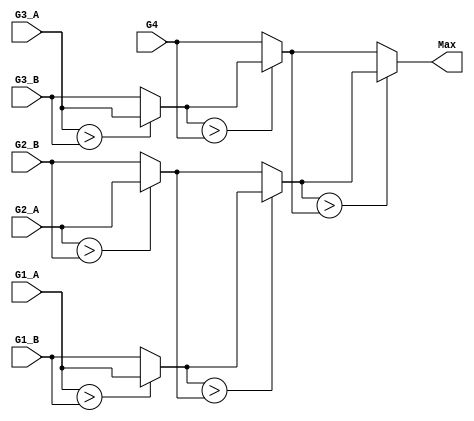
module MAX7 #(
    parameter wordsize = 11
    )(
    input signed [wordsize-1:0] G4,
    input signed [wordsize-1:0] G2_A,
    input signed [wordsize-1:0] G2_B,
    input signed [wordsize-1:0] G3_A,
    input signed [wordsize-1:0] G1_A,
    input signed [wordsize-1:0] G1_B,
    input signed [wordsize-1:0] G3_B,
    output signed [wordsize-1:0] Max
    // output reg [2:0] act
    );
    // `include "./dat/action.dat"
    wire signed [wordsize-1:0] temp_Ix_Iy;
    wire signed [wordsize-1:0] temp_Ixy_Iyz;
    wire signed [wordsize-1:0] temp_Ixz_Iz;
    wire signed [wordsize-1:0] temp_Ixz_Iz_M;
    wire signed [wordsize-1:0] temp_Ix_Iy_Ixy_Iyz;
    wire signed [wordsize-1:0] temp_out;

    assign temp_Ix_Iy   = ($signed(G1_A) > $signed(G1_B))? G1_A : G1_B;
    assign temp_Ixy_Iyz = ($signed(G2_A) > $signed(G2_B))? G2_A : G2_B;
    assign temp_Ixz_Iz  = ($signed(G3_A) > $signed(G3_B))? G3_A : G3_B;

    assign temp_Ix_Iy_Ixy_Iyz = ($signed(temp_Ix_Iy)         > $signed(temp_Ixy_Iyz))?  temp_Ix_Iy         : temp_Ixy_Iyz;
    assign temp_Ixz_Iz_M      = ($signed(temp_Ixz_Iz)        > $signed(G4))?            temp_Ixz_Iz        : G4;
    assign temp_out           = ($signed(temp_Ix_Iy_Ixy_Iyz) > $signed(temp_Ixz_Iz_M))? temp_Ix_Iy_Ixy_Iyz : temp_Ixz_Iz_M;
    assign Max = temp_out;
    // assign act = temp_out[2:0];

endmodule

module PE #(parameter wordsize = 11)
 (clk, rst, M_o, Ix_o, Iy_o, Iz_o, Ixy_o, Iyz_o, Ixz_o, A_i, B_i, C_i, A_o, EN_i,
 M_1_i, Ix_1_i, Iy_1_i, Iz_1_i, Ixy_1_i, Iyz_1_i, Ixz_1_i,
 M_2_i, Ix_2_i, Iy_2_i, Iz_2_i, Ixy_2_i, Iyz_2_i, Ixz_2_i, 
 M_3_i, Ix_3_i, Iy_3_i, Iz_3_i, Ixy_3_i, Iyz_3_i, Ixz_3_i, EN_o);

input clk;
input rst; 
input EN_i;
input [3:0] A_i;
input [3:0] B_i, C_i; //B, C will store in the same PE
// input [2:0] pp_counter;
input signed [wordsize-1:0] M_1_i, Ix_1_i, Iy_1_i, Iz_1_i, Ixy_1_i, Iyz_1_i, Ixz_1_i;
input signed [wordsize-1:0] M_2_i, Ix_2_i, Iy_2_i, Iz_2_i, Ixy_2_i, Iyz_2_i, Ixz_2_i;
input signed [wordsize-1:0] M_3_i, Ix_3_i, Iy_3_i, Iz_3_i, Ixy_3_i, Iyz_3_i, Ixz_3_i;
output signed [wordsize-1:0] M_o, Ix_o, Iy_o, Iz_o, Ixy_o, Iyz_o, Ixz_o;
output [3:0] A_o;
output EN_o;


// parameter wordsize = 5;
localparam MATCH = 1;
localparam MISMATCH = -1;
localparam GO = 2;
localparam GE = 1;
localparam GO2 = GO << 1;
localparam GE2 = GE << 1;
localparam GOGE = GO + GE;

reg [1:0] A, nxt_A;
// reg [1:0] A_d, nxt_A_d;
reg [1:0] B, nxt_B;
reg [1:0] C, nxt_C;
reg EN, nxt_EN;
// reg EN_d, nxt_EN_d;
reg init, nxt_init;
// reg [1:0] delay_cycle;

reg signed [wordsize-1:0] M, nxt_M;
reg signed [wordsize-1:0] Ix, nxt_Ix;
reg signed [wordsize-1:0] Iy, nxt_Iy;
reg signed [wordsize-1:0] Iz, nxt_Iz;
reg signed [wordsize-1:0] Ixy, nxt_Ixy;
reg signed [wordsize-1:0] Iyz, nxt_Iyz;
reg signed [wordsize-1:0] Ixz, nxt_Ixz;

reg signed [wordsize-1:0] M_1_d1, nxt_M_1_d1;
reg signed [wordsize-1:0] Ix_1_d1, nxt_Ix_1_d1;
reg signed [wordsize-1:0] Iy_1_d1, nxt_Iy_1_d1;
reg signed [wordsize-1:0] Iz_1_d1, nxt_Iz_1_d1;
reg signed [wordsize-1:0] Ixy_1_d1, nxt_Ixy_1_d1;
reg signed [wordsize-1:0] Iyz_1_d1, nxt_Iyz_1_d1;
reg signed [wordsize-1:0] Ixz_1_d1, nxt_Ixz_1_d1;
reg signed [wordsize-1:0] M_1_d2, nxt_M_1_d2;
reg signed [wordsize-1:0] Ix_1_d2, nxt_Ix_1_d2;
reg signed [wordsize-1:0] Iy_1_d2, nxt_Iy_1_d2;
reg signed [wordsize-1:0] Iz_1_d2, nxt_Iz_1_d2;
reg signed [wordsize-1:0] Ixy_1_d2, nxt_Ixy_1_d2;
reg signed [wordsize-1:0] Iyz_1_d2, nxt_Iyz_1_d2;
reg signed [wordsize-1:0] Ixz_1_d2, nxt_Ixz_1_d2;

reg signed [wordsize-1:0] M_2_d1, nxt_M_2_d1;
reg signed [wordsize-1:0] Ix_2_d1, nxt_Ix_2_d1;
reg signed [wordsize-1:0] Iy_2_d1, nxt_Iy_2_d1;
reg signed [wordsize-1:0] Iz_2_d1, nxt_Iz_2_d1;
reg signed [wordsize-1:0] Ixy_2_d1, nxt_Ixy_2_d1;
reg signed [wordsize-1:0] Iyz_2_d1, nxt_Iyz_2_d1;
reg signed [wordsize-1:0] Ixz_2_d1, nxt_Ixz_2_d1;

reg signed [wordsize-1:0] M_3_d1, nxt_M_3_d1;
reg signed [wordsize-1:0] Ix_3_d1, nxt_Ix_3_d1;
reg signed [wordsize-1:0] Iy_3_d1, nxt_Iy_3_d1;
reg signed [wordsize-1:0] Iz_3_d1, nxt_Iz_3_d1;
reg signed [wordsize-1:0] Ixy_3_d1, nxt_Ixy_3_d1;
reg signed [wordsize-1:0] Iyz_3_d1, nxt_Iyz_3_d1;
reg signed [wordsize-1:0] Ixz_3_d1, nxt_Ixz_3_d1;

// reg signed [wordsize-1:0] M_max_d, nxt_M_max_d;
// reg signed [wordsize-1:0] Ix_max_d, nxt_Ix_max_d;
// reg signed [wordsize-1:0] Iy_max_d, nxt_Iy_max_d;
// reg signed [wordsize-1:0] Iz_max_d, nxt_Iz_max_d;
// reg signed [wordsize-1:0] Ixy_max_d, nxt_Ixy_max_d;
// reg signed [wordsize-1:0] Iyz_max_d, nxt_Iyz_max_d;
// reg signed [wordsize-1:0] Ixz_max_d, nxt_Ixz_max_d;

wire signed [wordsize-1:0] M_max_o;
wire signed [wordsize-1:0] Ix_max_o;
wire signed [wordsize-1:0] Iy_max_o;
wire signed [wordsize-1:0] Iz_max_o;
wire signed [wordsize-1:0] Ixy_max_o;
wire signed [wordsize-1:0] Iyz_max_o;
wire signed [wordsize-1:0] Ixz_max_o;

wire signed [wordsize-1:0] M_max_M_i, M_max_Ix_i, M_max_Iy_i, M_max_Iz_i, M_max_Ixy_i, M_max_Iyz_i, M_max_Ixz_i;
wire signed [wordsize-1:0] Ix_max_M_i, Ix_max_Ix_i, Ix_max_Iy_i, Ix_max_Iz_i, Ix_max_Ixy_i, Ix_max_Iyz_i, Ix_max_Ixz_i;
wire signed [wordsize-1:0] Iy_max_M_i, Iy_max_Ix_i, Iy_max_Iy_i, Iy_max_Iz_i, Iy_max_Ixy_i, Iy_max_Iyz_i, Iy_max_Ixz_i;
wire signed [wordsize-1:0] Iz_max_M_i, Iz_max_Ix_i, Iz_max_Iy_i, Iz_max_Iz_i, Iz_max_Ixy_i, Iz_max_Iyz_i, Iz_max_Ixz_i;
wire signed [wordsize-1:0] Ixy_max_M_i, Ixy_max_Ix_i, Ixy_max_Iy_i, Ixy_max_Iz_i, Ixy_max_Ixy_i, Ixy_max_Iyz_i, Ixy_max_Ixz_i;
wire signed [wordsize-1:0] Iyz_max_M_i, Iyz_max_Ix_i, Iyz_max_Iy_i, Iyz_max_Iz_i, Iyz_max_Ixy_i, Iyz_max_Iyz_i, Iyz_max_Ixz_i;
wire signed [wordsize-1:0] Ixz_max_M_i, Ixz_max_Ix_i, Ixz_max_Iy_i, Ixz_max_Iz_i, Ixz_max_Ixy_i, Ixz_max_Iyz_i, Ixz_max_Ixz_i;

wire signed [wordsize-1:0] temp_AB, temp_BC, temp_AC, temp_ABC;

// MAX7 #(.wordsize(wordsize))M_max(.G4(M_max_d), .G1_A(Ix_max_d), .G1_B(Iy_max_d), .G3_A(Iz_max_d), .G2_A(Ixy_max_d), .G2_B(Iyz_max_d), .G3_B(Ixz_max_d), .Max(M_max_o));
// MAX7 #(.wordsize(wordsize))M_max(.G4(M_max_M_i), .G1_A(Ix_max_o), .G1_B(Iy_max_o), .G3_A(Iz_max_o), .G2_A(Ixy_max_o), .G2_B(Iyz_max_o), .G3_B(Ixz_max_o), .Max(M_max_o));
MAX7 #(.wordsize(wordsize))M_max(.G4(M_max_M_i), .G1_A(M_max_Ix_i), .G1_B(M_max_Iy_i), .G3_A(M_max_Iz_i), .G2_A(M_max_Ixy_i), .G2_B(M_max_Iyz_i), .G3_B(M_max_Ixz_i), .Max(M_max_o));
MAX7 #(.wordsize(wordsize))Ix_max(.G4(Ix_max_Ix_i), .G1_A(Ix_max_M_i), .G1_B(Ix_max_Iyz_i), .G3_A(Ix_max_Iy_i), .G2_A(Ix_max_Ixy_i), .G2_B(Ix_max_Ixz_i), .G3_B(Ix_max_Iz_i), .Max(Ix_max_o));
MAX7 #(.wordsize(wordsize))Iy_max(.G4(Iy_max_Iy_i), .G1_A(Iy_max_M_i), .G1_B(Iy_max_Ixz_i), .G3_A(Iy_max_Ix_i), .G2_A(Iy_max_Ixy_i), .G2_B(Iy_max_Iyz_i), .G3_B(Iy_max_Iz_i), .Max(Iy_max_o));
MAX7 #(.wordsize(wordsize))Iz_max(.G4(Iz_max_Iz_i), .G1_A(Iz_max_M_i), .G1_B(Iz_max_Ixy_i), .G3_A(Iz_max_Ix_i), .G2_A(Iz_max_Ixz_i), .G2_B(Iz_max_Iyz_i), .G3_B(Iz_max_Iy_i), .Max(Iz_max_o));
MAX7 #(.wordsize(wordsize))Ixy_max(.G4(Ixy_max_Iy_i), .G1_A(Ixy_max_M_i), .G1_B(Ixy_max_Ixz_i), .G3_A(Ixy_max_Iyz_i), .G2_A(Ixy_max_Ixy_i), .G2_B(Ixy_max_Ix_i), .G3_B(Ixy_max_Iz_i), .Max(Ixy_max_o));
MAX7 #(.wordsize(wordsize))Iyz_max(.G4(Iyz_max_Iz_i), .G1_A(Iyz_max_M_i), .G1_B(Iyz_max_Ixy_i), .G3_A(Iyz_max_Iyz_i), .G2_A(Iyz_max_Ixz_i), .G2_B(Iyz_max_Ix_i), .G3_B(Iyz_max_Iy_i), .Max(Iyz_max_o));
MAX7 #(.wordsize(wordsize))Ixz_max(.G4(Ixz_max_Iz_i), .G1_A(Ixz_max_M_i), .G1_B(Ixz_max_Ixy_i), .G3_A(Ixz_max_Iyz_i), .G2_A(Ixz_max_Ixz_i), .G2_B(Ixz_max_Ix_i), .G3_B(Ixz_max_Iy_i), .Max(Ixz_max_o));

//PE output assignment
assign M_o = (EN==1)?  M : 5'bz;
assign Ix_o = Ix;
assign Iy_o = Iy;
assign Iz_o = Iz;
assign Ixy_o = Ixy;
assign Ixz_o = Ixz;
assign Iyz_o = Iyz;
assign A_o = A;
assign EN_o = EN;

//Max input assignment
  assign temp_AB = (A==B)? MATCH : MISMATCH;
  assign temp_BC = (B==C)? MATCH : MISMATCH;
  assign temp_AC = (A==C)? MATCH : MISMATCH;
  assign temp_ABC = (A==B)? (B==C)? (A==C)? MATCH*3 : (MATCH<<1+MISMATCH) : (MATCH+MISMATCH<<1) : MISMATCH*3;
  //M max
  assign M_max_M_i   = (EN_i==1&&EN==0)? $signed(0+temp_ABC) : $signed(M_1_d2+temp_ABC);
  assign M_max_Ix_i  = (EN_i==1&&EN==0)? $signed(0+temp_ABC) : $signed(Ix_1_d2+temp_ABC);
  assign M_max_Iy_i  = (EN_i==1&&EN==0)? $signed(0+temp_ABC) : $signed(Iy_1_d2+temp_ABC);
  assign M_max_Iz_i  = (EN_i==1&&EN==0)? $signed(0+temp_ABC) : $signed(Iz_1_d2+temp_ABC);
  assign M_max_Ixy_i = (EN_i==1&&EN==0)? $signed(0+temp_ABC) : $signed(Ixy_1_d2+temp_ABC);
  assign M_max_Iyz_i = (EN_i==1&&EN==0)? $signed(0+temp_ABC) : $signed(Iyz_1_d2+temp_ABC);
  assign M_max_Ixz_i = (EN_i==1&&EN==0)? $signed(0+temp_ABC) : $signed(Ixz_1_d2+temp_ABC);
  //Ix max
  assign Ix_max_M_i   = (EN_i==1&&EN==0)? $signed(0-GO2) : $signed(M-GO2);
  assign Ix_max_Ix_i  = (EN_i==1&&EN==0)? $signed(0-GE2) : $signed(Ix-GE2);
  assign Ix_max_Iy_i  = (EN_i==1&&EN==0)? $signed(0-GOGE) : $signed(Iy-GOGE);
  assign Ix_max_Iz_i  = (EN_i==1&&EN==0)? $signed(0-GOGE) : $signed(Iz-GOGE);
  assign Ix_max_Ixy_i = (EN_i==1&&EN==0)? $signed(0-GOGE) : $signed(Ixy-GOGE);
  assign Ix_max_Iyz_i = (EN_i==1&&EN==0)? $signed(0-GO2) : $signed(Iyz-GO2);
  assign Ix_max_Ixz_i = (EN_i==1&&EN==0)? $signed(0-GOGE) : $signed(Ixz-GOGE);
  //Iy max
  assign Iy_max_M_i   = $signed(M_2_i-GO2);
  assign Iy_max_Ix_i  = $signed(Ix_2_i-GOGE);
  assign Iy_max_Iy_i  = $signed(Iy_2_i-GE2);
  assign Iy_max_Iz_i  = $signed(Iz_2_i-GOGE);
  assign Iy_max_Ixy_i = $signed(Ixy_2_i-GOGE);
  assign Iy_max_Iyz_i = $signed(Iyz_2_i-GOGE);
  assign Iy_max_Ixz_i = $signed(Ixz_2_i-GO2);
  //Iz max
  assign Iz_max_M_i   = $signed(M_3_i-GO2);
  assign Iz_max_Ix_i  = $signed(Ix_3_i-GOGE);
  assign Iz_max_Iy_i  = $signed(Iy_3_i-GOGE);
  assign Iz_max_Iz_i  = $signed(Iz_3_i-GE2);
  assign Iz_max_Ixy_i = $signed(Ixy_3_i-GO2);
  assign Iz_max_Iyz_i = $signed(Iyz_3_i-GOGE);
  assign Iz_max_Ixz_i = $signed(Ixz_3_i-GOGE);
  //Ixy max
  assign Ixy_max_M_i   = (EN_i==1&&EN==0)? $signed(0-GO+temp_AB) : $signed(M_2_d1-GO+temp_AB);
  assign Ixy_max_Ix_i  = (EN_i==1&&EN==0)? $signed(0-GE+temp_AB) : $signed(Ix_2_d1-GE+temp_AB);
  assign Ixy_max_Iy_i  = (EN_i==1&&EN==0)? $signed(0-GE+temp_AB) : $signed(Iy_2_d1-GE+ temp_AB);
  assign Ixy_max_Iz_i  = (EN_i==1&&EN==0)? $signed(0-GO+temp_AB) : $signed(Iz_2_d1-GO+temp_AB);
  assign Ixy_max_Ixy_i = (EN_i==1&&EN==0)? $signed(0-GE+temp_AB) : $signed(Ixy_2_d1-GE+temp_AB);
  assign Ixy_max_Iyz_i = (EN_i==1&&EN==0)? $signed(0-GO+temp_AB) : $signed(Iyz_2_d1-GO+temp_AB);
  assign Ixy_max_Ixz_i = (EN_i==1&&EN==0)? $signed(0-GO+temp_AB) : $signed(Ixz_2_d1-GO+temp_AB);
  //Iyz max
  assign Iyz_max_M_i   = $signed(M_1_d1-GO+temp_BC);
  assign Iyz_max_Ix_i  = $signed(Ix_1_d1-GO+temp_BC);
  assign Iyz_max_Iy_i  = $signed(Iy_1_d1-GE+temp_BC);
  assign Iyz_max_Iz_i  = $signed(Iz_1_d1-GE+temp_BC);
  assign Iyz_max_Ixy_i = $signed(Ixy_1_d1-GO+temp_BC);
  assign Iyz_max_Iyz_i = $signed(Iyz_1_d1-GE+temp_BC);
  assign Iyz_max_Ixz_i = $signed(Ixz_1_d1-GO+temp_BC);
  //Ixz max
  assign Ixz_max_M_i   = (EN_i==1&&EN==0)? $signed(0-GO+temp_AC) : $signed(M_3_d1-GO+temp_AC);
  assign Ixz_max_Ix_i  = (EN_i==1&&EN==0)? $signed(0-GE+temp_AC) : $signed(Ix_3_d1-GE+temp_AC);
  assign Ixz_max_Iy_i  = (EN_i==1&&EN==0)? $signed(0-GO+temp_AC) : $signed(Iy_3_d1-GO+temp_AC);
  assign Ixz_max_Iz_i  = (EN_i==1&&EN==0)? $signed(0-GE+temp_AC) : $signed(Iz_3_d1-GE+temp_AC);
  assign Ixz_max_Ixy_i = (EN_i==1&&EN==0)? $signed(0-GO+temp_AC) : $signed(Ixy_3_d1-GO+temp_AC);
  assign Ixz_max_Iyz_i = (EN_i==1&&EN==0)? $signed(0-GO+temp_AC) : $signed(Iyz_3_d1-GO+temp_AC);
  assign Ixz_max_Ixz_i = (EN_i==1&&EN==0)? $signed(0-GE+temp_AC) : $signed(Ixz_3_d1-GE+temp_AC);
//end Max input


always @( * )begin
  nxt_init = init;
  if(EN)begin
    nxt_init = 1;
  end
end

//Max output assignment
always @( * )begin
  nxt_M = M_max_o;
  nxt_Ix = Ix_max_o;
  // nxt_Ix = Ix_max_d;
  // nxt_Iy = Iy_max_d;
  nxt_Iy = Iy_max_o;
  nxt_Iz = Iz_max_o;
//   nxt_Ixy = (EN_i==1&&EN==0)? 0 : Ixy_max_o; //needed?
  nxt_Ixy = Ixy_max_o; //needed?
  nxt_Iyz = Iyz_max_o;
//   nxt_Ixz = (EN_i==1&&EN==0)? 0 : Ixz_max_o; //needed?
  nxt_Ixz = Ixz_max_o; //needed?
end



//Delay register assignment
always @( * )begin
  // nxt_A = A_d;
  nxt_M_1_d2 = M_1_d1;
  nxt_Ix_1_d2 = Ix_1_d1;
  nxt_Iy_1_d2 = Iy_1_d1;
  nxt_Iz_1_d2 = Iz_1_d1;
  nxt_Ixy_1_d2 = Ixy_1_d1;
  nxt_Iyz_1_d2 = Iyz_1_d1;
  nxt_Ixz_1_d2 = Ixz_1_d1;

  // nxt_M_max_d = (EN_i==1&&EN==0)? 0 + temp_ABC : $signed(M_1_d2) + temp_ABC;
  // nxt_Ix_max_d = Ix_max_o;
  // nxt_Iy_max_d = Iy_max_o;
  // nxt_Iz_max_d = Iz_max_o;
  // nxt_Ixy_max_d = Ixy_max_o;
  // nxt_Iyz_max_d = Iyz_max_o;
  // nxt_Ixz_max_d = Ixz_max_o;
end

//PE input assignment
always @( * )begin
  nxt_M_1_d1 = M_1_i;
  nxt_Ix_1_d1 = Ix_1_i;
  nxt_Iy_1_d1 = Iy_1_i;
  nxt_Iz_1_d1 = Iz_1_i;
  nxt_Ixy_1_d1 = Ixy_1_i;
  nxt_Iyz_1_d1 = Iyz_1_i;
  nxt_Ixz_1_d1 = Ixz_1_i;

  nxt_M_2_d1 = M_2_i;
  nxt_Ix_2_d1 = Ix_2_i;
  nxt_Iy_2_d1 = Iy_2_i;
  nxt_Iz_2_d1 = Iz_2_i;
  nxt_Ixy_2_d1 = Ixy_2_i;
  nxt_Iyz_2_d1 = Iyz_2_i;
  nxt_Ixz_2_d1 = Ixz_2_i;

  nxt_M_3_d1 = M_3_i;
  nxt_Ix_3_d1 = Ix_3_i;
  nxt_Iy_3_d1 = Iy_3_i;
  nxt_Iz_3_d1 = Iz_3_i;
  nxt_Ixy_3_d1 = Ixy_3_i;
  nxt_Iyz_3_d1 = Iyz_3_i;
  nxt_Ixz_3_d1 = Ixz_3_i;

  // nxt_A_d = A_i;
  nxt_A = A_i;
  nxt_B = B_i;
  nxt_C = C_i;
  // nxt_EN = EN_d;
  // nxt_EN_d = EN_i;
  nxt_EN = EN_i;
end


//Sequential part
always @(posedge clk or posedge rst)begin
  if(rst)begin
    M <= 0;
    Ix <= 0;
    Iy <= 0;
    Iz <= 0;
    Ixy <= 0;
    Iyz <= 0;
    Ixz <= 0;
    // M_max_d <= 0;
    // Ix_max_d <= 0;
    // Iy_max_d <= 0;
    // Iz_max_d <= 0;
    // Ixy_max_d <= 0;
    // Iyz_max_d <= 0;
    // Ixz_max_d <= 0;
    A <= 2'bz;
    // A_d <= 2'bz;
    B <= 2'bz;
    C <= 2'bz;
    EN <= 0;
    init <= 0;
  end else begin
    M <= nxt_M;
    Ix <= nxt_Ix;
    Iy <= nxt_Iy;
    Iz <= nxt_Iz;
    Ixy <= nxt_Ixy;
    Iyz <= nxt_Iyz;
    Ixz <= nxt_Ixz;
    // M_max_d <= nxt_M_max_d;
    // Ix_max_d <= nxt_Ix_max_d;
    // Iy_max_d <= nxt_Iy_max_d;
    // Iz_max_d <= nxt_Iz_max_d;
    // Ixy_max_d <= nxt_Ixy_max_d;
    // Iyz_max_d <= nxt_Iyz_max_d;
    // Ixz_max_d <= nxt_Ixz_max_d;
    A <= nxt_A;
    // A_d <= nxt_A_d;
    B <= nxt_B;
    C <= nxt_C;
    EN <= nxt_EN;
    init <= nxt_init;
  end
end

// always @(posedge clk or posedge rst)begin
//   if(rst) begin
//     delay_cycle <= 0;
//   end else if (delay_cycle == 1)begin
//     delay_cycle <= 0;
//   end else if (pp_counter==0 && delay_cycle == 0)begin
//     delay_cycle <= delay_cycle + 1;
//   end
// end

//Enable delay register
// always @(posedge clk or posedge rst)begin
//   if(rst)begin
//     EN_d <= 0;
//   end else begin
//     EN_d <= nxt_EN_d;
//   end
// end

//Delay registers Sequential part
always @(posedge clk or posedge rst)begin
  if(rst)begin
    M_1_d1 <= 0;
    Ixy_1_d1 <= 0;
    Iyz_1_d1 <= 0;
    Ixz_1_d1 <= 0;
    Ix_1_d1 <= 0;
    Iy_1_d1 <= 0;
    Iz_1_d1 <= 0;
    M_1_d2 <= 0;
    Ixy_1_d2 <= 0;
    Iyz_1_d2 <= 0;
    Ixz_1_d2 <= 0;
    Ix_1_d2 <= 0;
    Iy_1_d2 <= 0;
    Iz_1_d2 <= 0;
    M_2_d1 <= 0;
    Ixy_2_d1 <= 0;
    Iyz_2_d1 <= 0;
    Ixz_2_d1 <= 0;
    Ix_2_d1 <= 0;
    Iy_2_d1 <= 0;
    Iz_2_d1 <= 0;
    M_3_d1 <= 0;
    Ixy_3_d1 <= 0;
    Iyz_3_d1 <= 0;
    Ixz_3_d1 <= 0;
    Ix_3_d1 <= 0;
    Iy_3_d1 <= 0;
    Iz_3_d1 <= 0;
  // end else if(delay_cycle == 1) begin
  end else begin
    M_1_d1 <= nxt_M_1_d1;
    Ix_1_d1 <= nxt_Ix_1_d1;
    Iy_1_d1 <= nxt_Iy_1_d1;
    Iz_1_d1 <= nxt_Iz_1_d1;
    Ixy_1_d1 <= nxt_Ixy_1_d1;
    Iyz_1_d1 <= nxt_Iyz_1_d1;
    Ixz_1_d1 <= nxt_Ixz_1_d1;
    M_1_d2 <= nxt_M_1_d2;
    Ix_1_d2 <= nxt_Ix_1_d2;
    Iy_1_d2 <= nxt_Iy_1_d2;
    Iz_1_d2 <= nxt_Iz_1_d2;
    Ixy_1_d2 <= nxt_Ixy_1_d2;
    Iyz_1_d2 <= nxt_Iyz_1_d2;
    Ixz_1_d2 <= nxt_Ixz_1_d2;
    M_2_d1 <= nxt_M_2_d1;
    Ix_2_d1 <= nxt_Ix_2_d1;
    Iy_2_d1 <= nxt_Iy_2_d1;
    Iz_2_d1 <= nxt_Iz_2_d1;
    Ixy_2_d1 <= nxt_Ixy_2_d1;
    Iyz_2_d1 <= nxt_Iyz_2_d1;
    Ixz_2_d1 <= nxt_Ixz_2_d1;
    M_3_d1 <= nxt_M_3_d1;
    Ix_3_d1 <= nxt_Ix_3_d1;
    Iy_3_d1 <= nxt_Iy_3_d1;
    Iz_3_d1 <= nxt_Iz_3_d1;
    Ixy_3_d1 <= nxt_Ixy_3_d1;
    Iyz_3_d1 <= nxt_Iyz_3_d1;
    Ixz_3_d1 <= nxt_Ixz_3_d1;
  end
end


endmodule